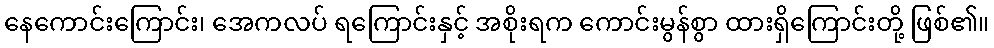
နေကောင်းကြောင်း၊ အေကလပ် ရကြောင်းနှင့် အစိုးရက ကောင်းမွန်စွာ ထားရှိကြောင်းတို့ ဖြစ်၏။